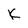
Character: K